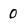
Character: 0